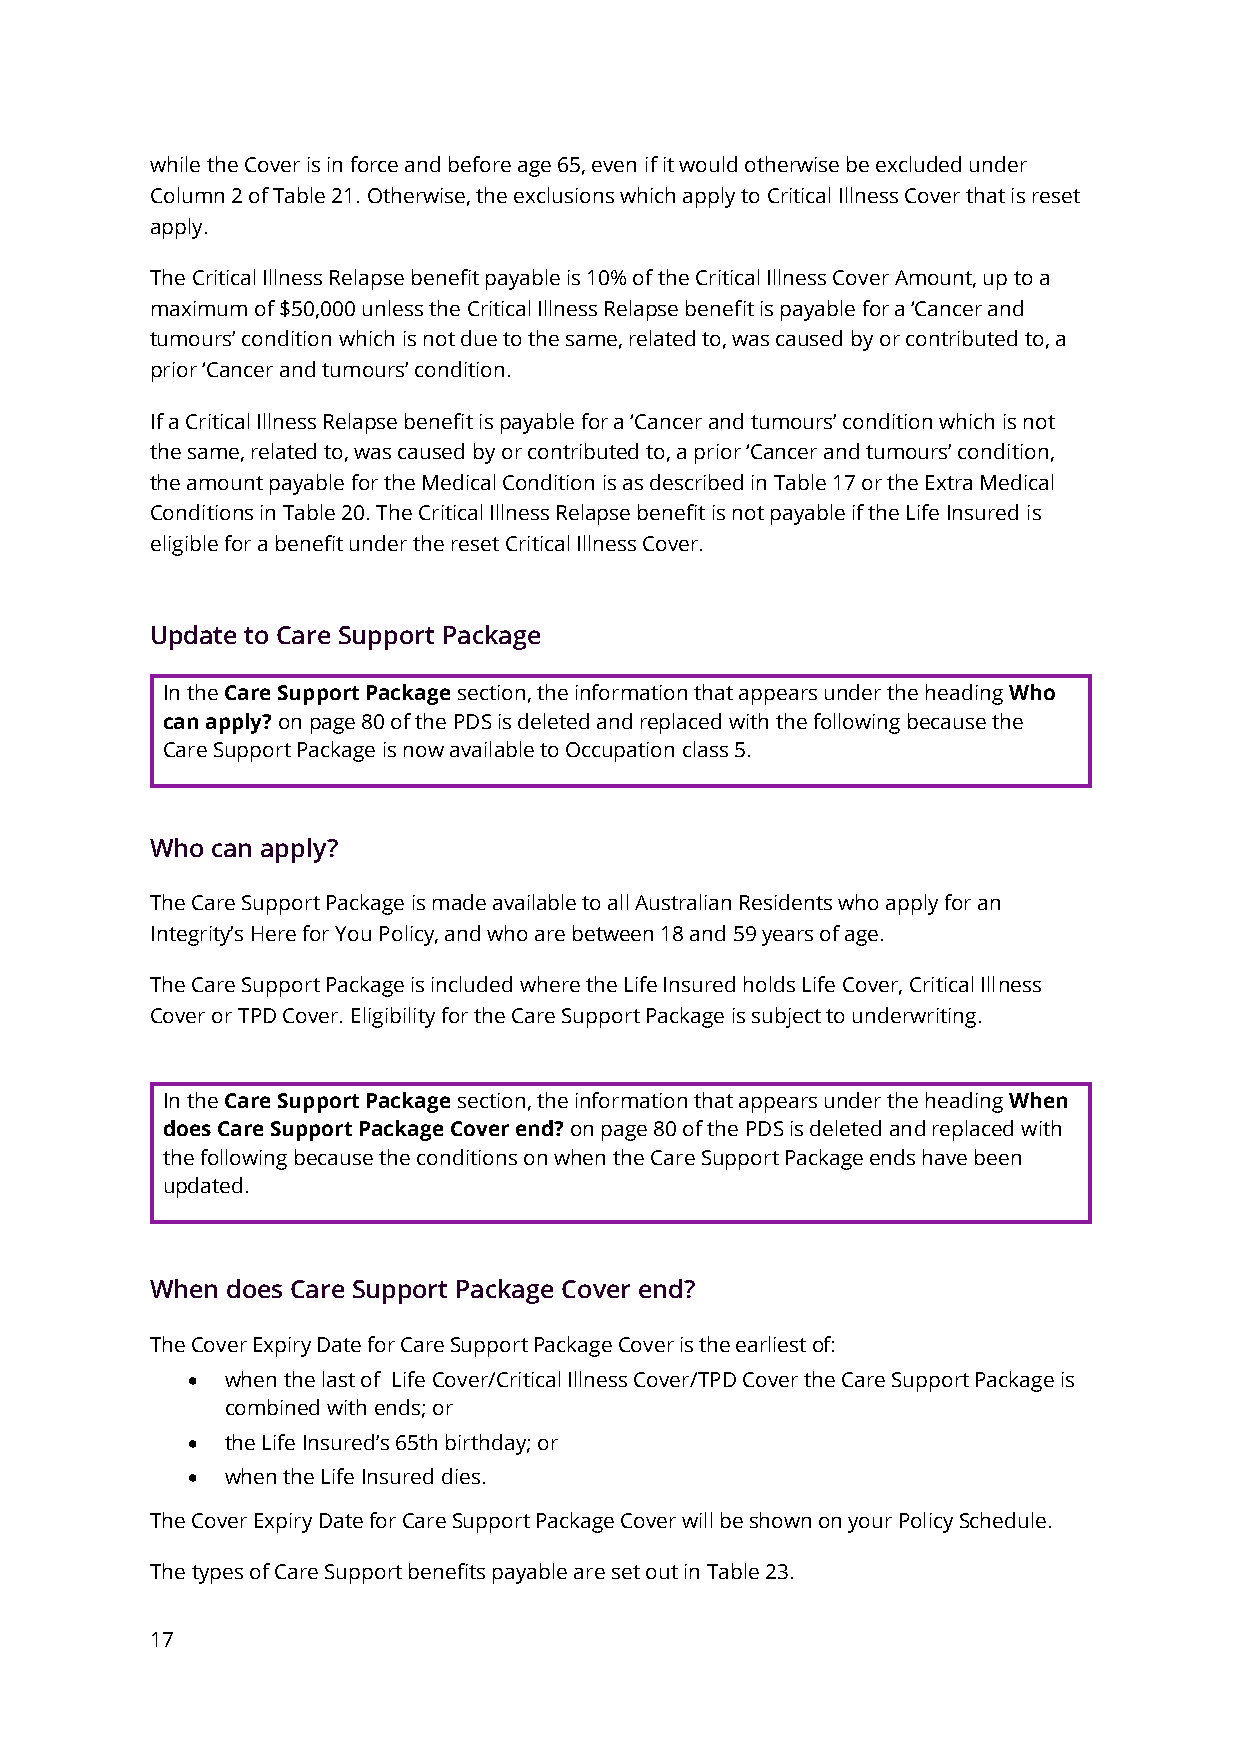
while the Cover is in force and before age 65, even if it would otherwise be excluded under
 Column 2 of Table 21. Otherwise, the exclusions which apply to Critical Illness Cover that is reset
 apply.
 The Critical Illness Relapse benefit payable is 10% of the Critical Illness Cover Amount, up to a
 maximum of $50,000 unless the Critical Illness Relapse benefit is payable for a ‘Cancer and
 tumours’ condition which is not due to the same, related to, was caused by or contributed to, a
 prior ‘Cancer and tumours’ condition.
 If a Critical Illness Relapse benefit is payable for a ‘Cancer and tumours’ condition which is not
 the same, related to, was caused by or contributed to, a prior ‘Cancer and tumours’ condition,
 the amount payable for the Medical Condition is as described in Table 17 or the Extra Medical
 Conditions in Table 20. The Critical Illness Relapse benefit is not payable if the Life Insured is
 eligible for a benefit under the reset Critical Illness Cover.
 Update to Care Support Package
 In the Care Support Package section, the information that appears under the heading Who
 can apply? on page 80 of the PDS is deleted and replaced with the following because the
 Care Support Package is now available to Occupation class 5.
 Who can apply?
 The Care Support Package is made available to all Australian Residents who apply for an
 Integrity’s Here for You Policy, and who are between 18 and 59 years of age.
 The Care Support Package is included where the Life Insured holds Life Cover, Critical Illness
 Cover or TPD Cover. Eligibility for the Care Support Package is subject to underwriting.
 In the Care Support Package section, the information that appears under the heading When
 does Care Support Package Cover end? on page 80 of the PDS is deleted and replaced with
 the following because the conditions on when the Care Support Package ends have been
 updated.
 When does Care Support Package Cover end?
 The Cover Expiry Date for Care Support Package Cover is the earliest of:
 •  when the last of Life Cover/Critical Illness Cover/TPD Cover the Care Support Package is
 combined with ends; or
 •  the Life Insured’s 65th birthday; or
 •  when the Life Insured dies.
 The Cover Expiry Date for Care Support Package Cover will be shown on your Policy Schedule.
 The types of Care Support benefits payable are set out in Table 23.
 17